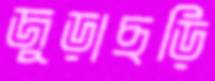
জুড়াছড়ি